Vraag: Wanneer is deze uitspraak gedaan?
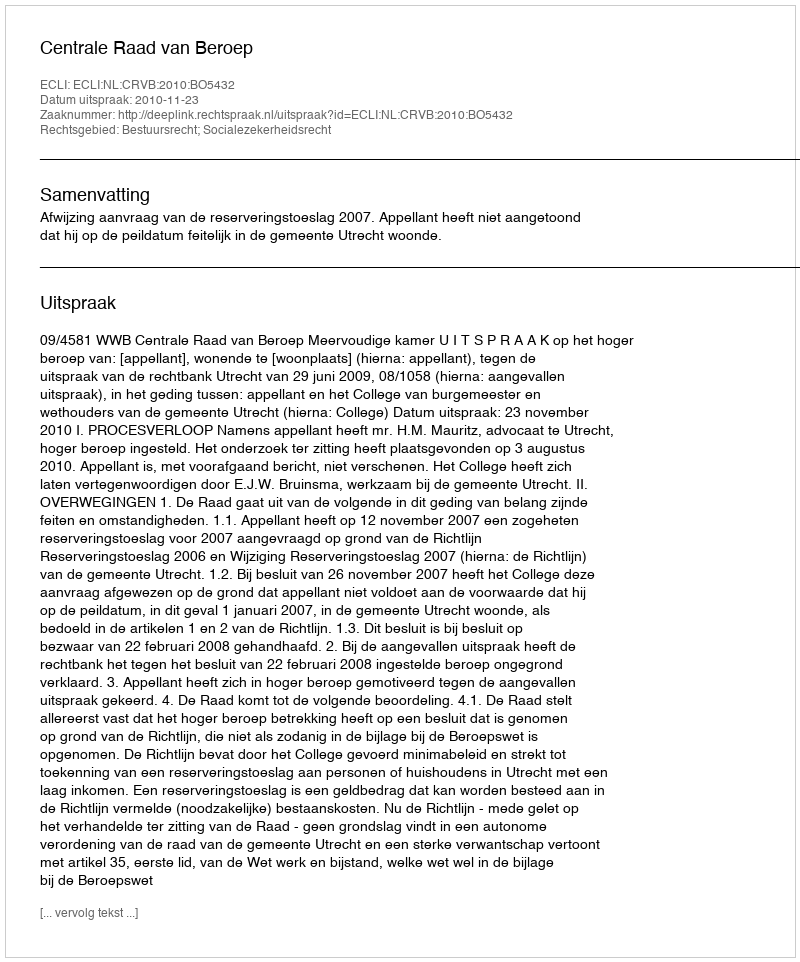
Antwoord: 2010-11-23